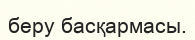
беру басқармасы.